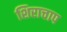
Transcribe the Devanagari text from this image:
शिराचाप